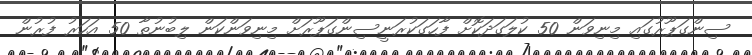
ސިންގަޕޫރުގައި މިނިވަން 50 ކުލަގަދަކޮށް ފާހަގަކުރަނީސިންގަޕޫރަށް މިނިވަންކަން ލިބުނުތާ 50 އަހަރު ފުރުން